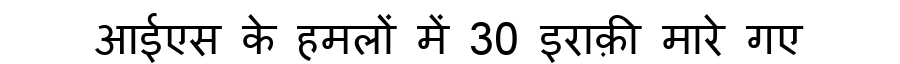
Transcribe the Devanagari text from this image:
आईएस के हमलों में 30 इराक़ी मारे गए